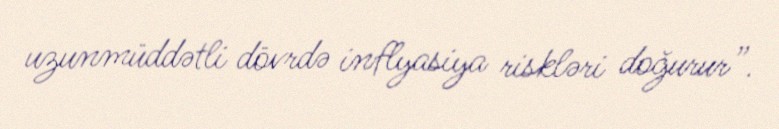
uzunmüddətli dövrdə inflyasiya riskləri doğurur”.